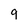
Character: 9